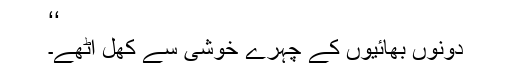
‘‘
دونوں بھائیوں کے چہرے خوشی سے کھل اٹھے۔